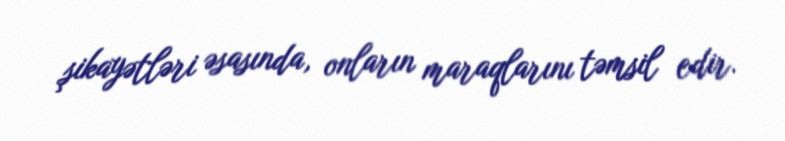
şikayətləri əsasında, onların maraqlarını təmsil edir.